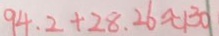
9 4 . 2 + 2 8 . 2 6 \approx 1 3 0